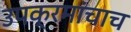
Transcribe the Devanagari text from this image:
उपक्रमांचाच